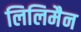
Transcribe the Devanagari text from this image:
लिलिमैन